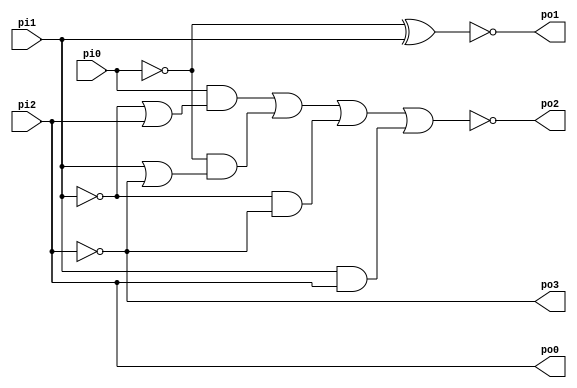
// Benchmark "b1" written by ABC on Thu Mar 19 13:02:36 2020

module b1 ( 
    pi0, pi1, pi2,
    po0, po1, po2, po3  );
  input  pi0, pi1, pi2;
  output po0, po1, po2, po3;
  wire new_n11_, new_n12_;
  assign po1 = ~new_n11_;
  assign po2 = ~new_n12_;
  assign po3 = ~pi2;
  assign new_n11_ = ~pi0 ^ pi1;
  assign new_n12_ = (pi0 & (~pi1 | pi2)) | (~pi0 & (pi1 | ~pi2)) | (~pi1 & ~pi2) | (pi1 & pi2);
  assign po0 = pi2;
endmodule